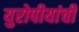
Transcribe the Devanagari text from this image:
युरोपीयांची